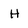
Character: H